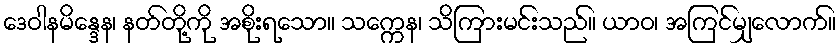
ဒေဝါနမိန္ဒေန၊ နတ်တို့ကို အစိုးရသော။ သက္ကေန၊ သိကြားမင်းသည်။ ယာဝ၊ အကြင်မျှလောက်။